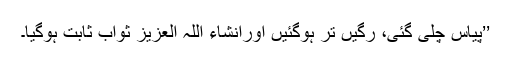
’’پیاس چلی گئی، رگیں تر ہوگئیں اورانشاء اللہ العزیز ثواب ثابت ہوگیا۔